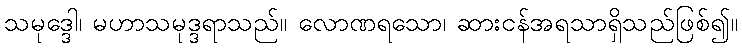
သမုဒ္ဒေါ၊ မဟာသမုဒ္ဒရာသည်။ လောဏရသော၊ ဆားငန်အရသာရှိသည်ဖြစ်၍။